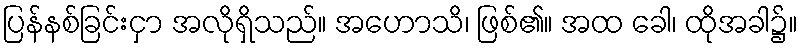
ပြန်နစ်ခြင်းငှာ အလိုရှိသည်။ အဟောသိ၊ ဖြစ်၏။ အထ ခေါ၊ ထိုအခါ၌။